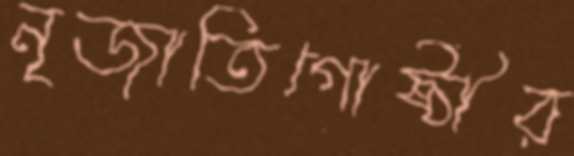
নৃজাতিগোষ্ঠীর